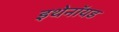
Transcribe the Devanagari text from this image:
इथेनॉयड